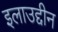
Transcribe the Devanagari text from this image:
इलाउद्दीन